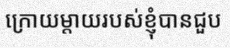
ក្រោយម្តាយរបស់ខ្ញុំបានជួប